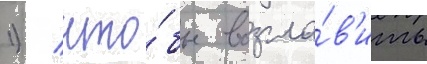
1) / что́бы возгла́в'ить